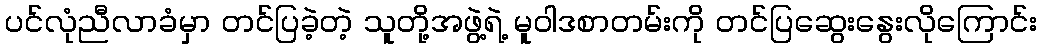
ပင်လုံညီလာခံမှာ တင်ပြခဲ့တဲ့ သူတို့အဖွဲ့ရဲ့ မူဝါဒစာတမ်းကို တင်ပြဆွေးနွေးလိုကြောင်း